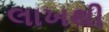
લાખથી